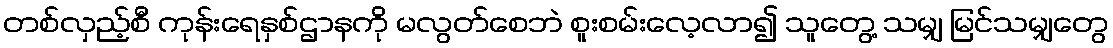
တစ်လှည့်စီ ကုန်းရေနှစ်ဌာနကို မလွတ်စေဘဲ စူးစမ်းလေ့လာ၍ သူတွေ့ သမျှ မြင်သမျှတွေ